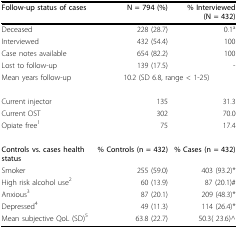
<table><thead><tr><td><b>Follow-up status of cases</b></td><td><b>N = 794 (%)</b></td><td><b>% Interviewed (N = 432)</b></td></tr></thead><tbody><tr><td>Deceased</td><td>228 (28.7)</td><td>0.1<sup>a</sup></td></tr><tr><td>Interviewed</td><td>432 (54.4)</td><td>100</td></tr><tr><td>Case notes available</td><td>654 (82.2)</td><td>100</td></tr><tr><td>Lost to follow-up</td><td>139 (17.5)</td><td>-</td></tr><tr><td>Mean years follow-up</td><td colspan="2">10.2 (SD 6.8, range &lt; 1-25)</td></tr><tr><td>Current injector</td><td>135</td><td>31.3</td></tr><tr><td>Current OST</td><td>302</td><td>70.0</td></tr><tr><td>Opiate free<sup>1</sup></td><td>75</td><td>17.4</td></tr><tr><td><b>Controls vs. cases health status</b></td><td><b>% Controls (n = 432)</b></td><td><b>% Cases (n = 432)</b></td></tr><tr><td>Smoker</td><td>255 (59.0)</td><td>403 (93.2)*</td></tr><tr><td>High risk alcohol use<sup>2</sup></td><td>60 (13.9)</td><td>87 (20.1)#</td></tr><tr><td>Anxious<sup>3</sup></td><td>87 (20.1)</td><td>209 (48.3)*</td></tr><tr><td>Depressed<sup>4</sup></td><td>49 (11.3)</td><td>114 (26.4)*</td></tr><tr><td>Mean subjective QoL (SD)<sup>5</sup></td><td>63.8 (22.7)</td><td>50.3( 23.6)^</td></tr></tbody></table>